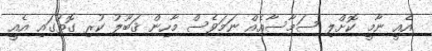
އެއީ ނާމީ ކޮށްލި ސަމާސާއެއް ނަމަވެސް މާހިން ޤަބޫލު ކުރި ގޮތުގައި އެއީ